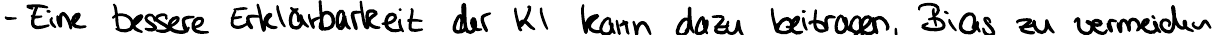
- Eine bessere Erklärbarkeit der KI kann dazu beitragen, Bias zu vermeiden